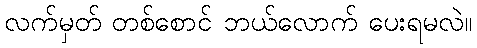
လက်မှတ် တစ်စောင် ဘယ်လောက် ပေးရမလဲ။